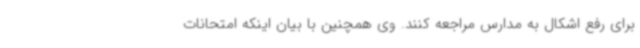
برای رفع اشکال به مدارس مراجعه کنند. وی همچنین با بیان اینکه امتحانات